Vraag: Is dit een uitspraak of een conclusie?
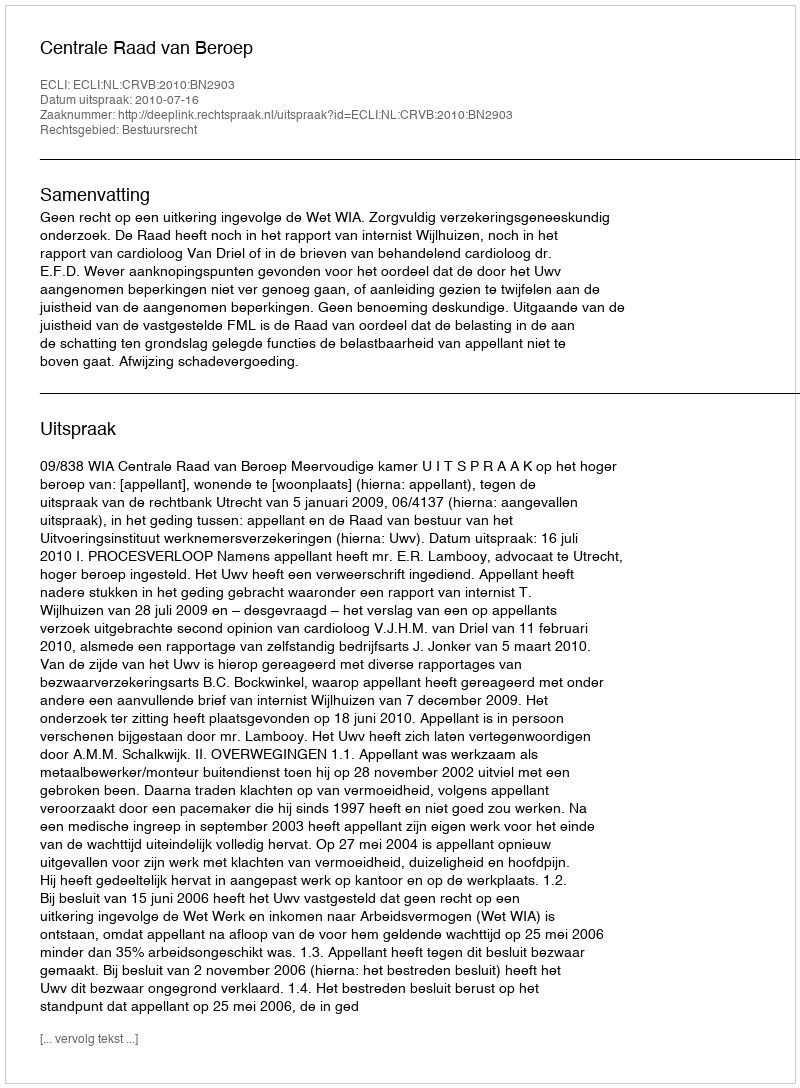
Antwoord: Uitspraak